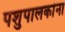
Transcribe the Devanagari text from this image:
पशुपालकांना